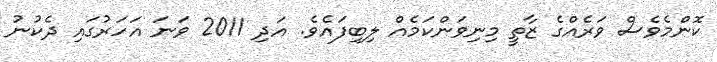
ކޮންމެވެސް ވަރެއްގެ ޒާތީ މިނިވަންކަމެއް ލިބިފައެވެ. އަދި 2011 ވަނަ އަހަރުގައި ދެކުނު